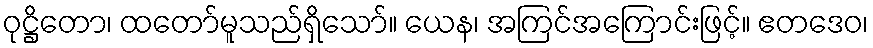
ဝုဋ္ဌိတော၊ ထတော်မူသည်ရှိသော်။ ယေန၊ အကြင်အကြောင်းဖြင့်။ ဧတဒေဝ၊